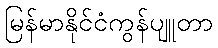
မြန်မာနိုင်ငံကွန်ပျူတာ